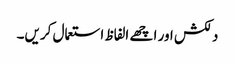
دلکش اور اچھے الفاظ استعمال کریں۔